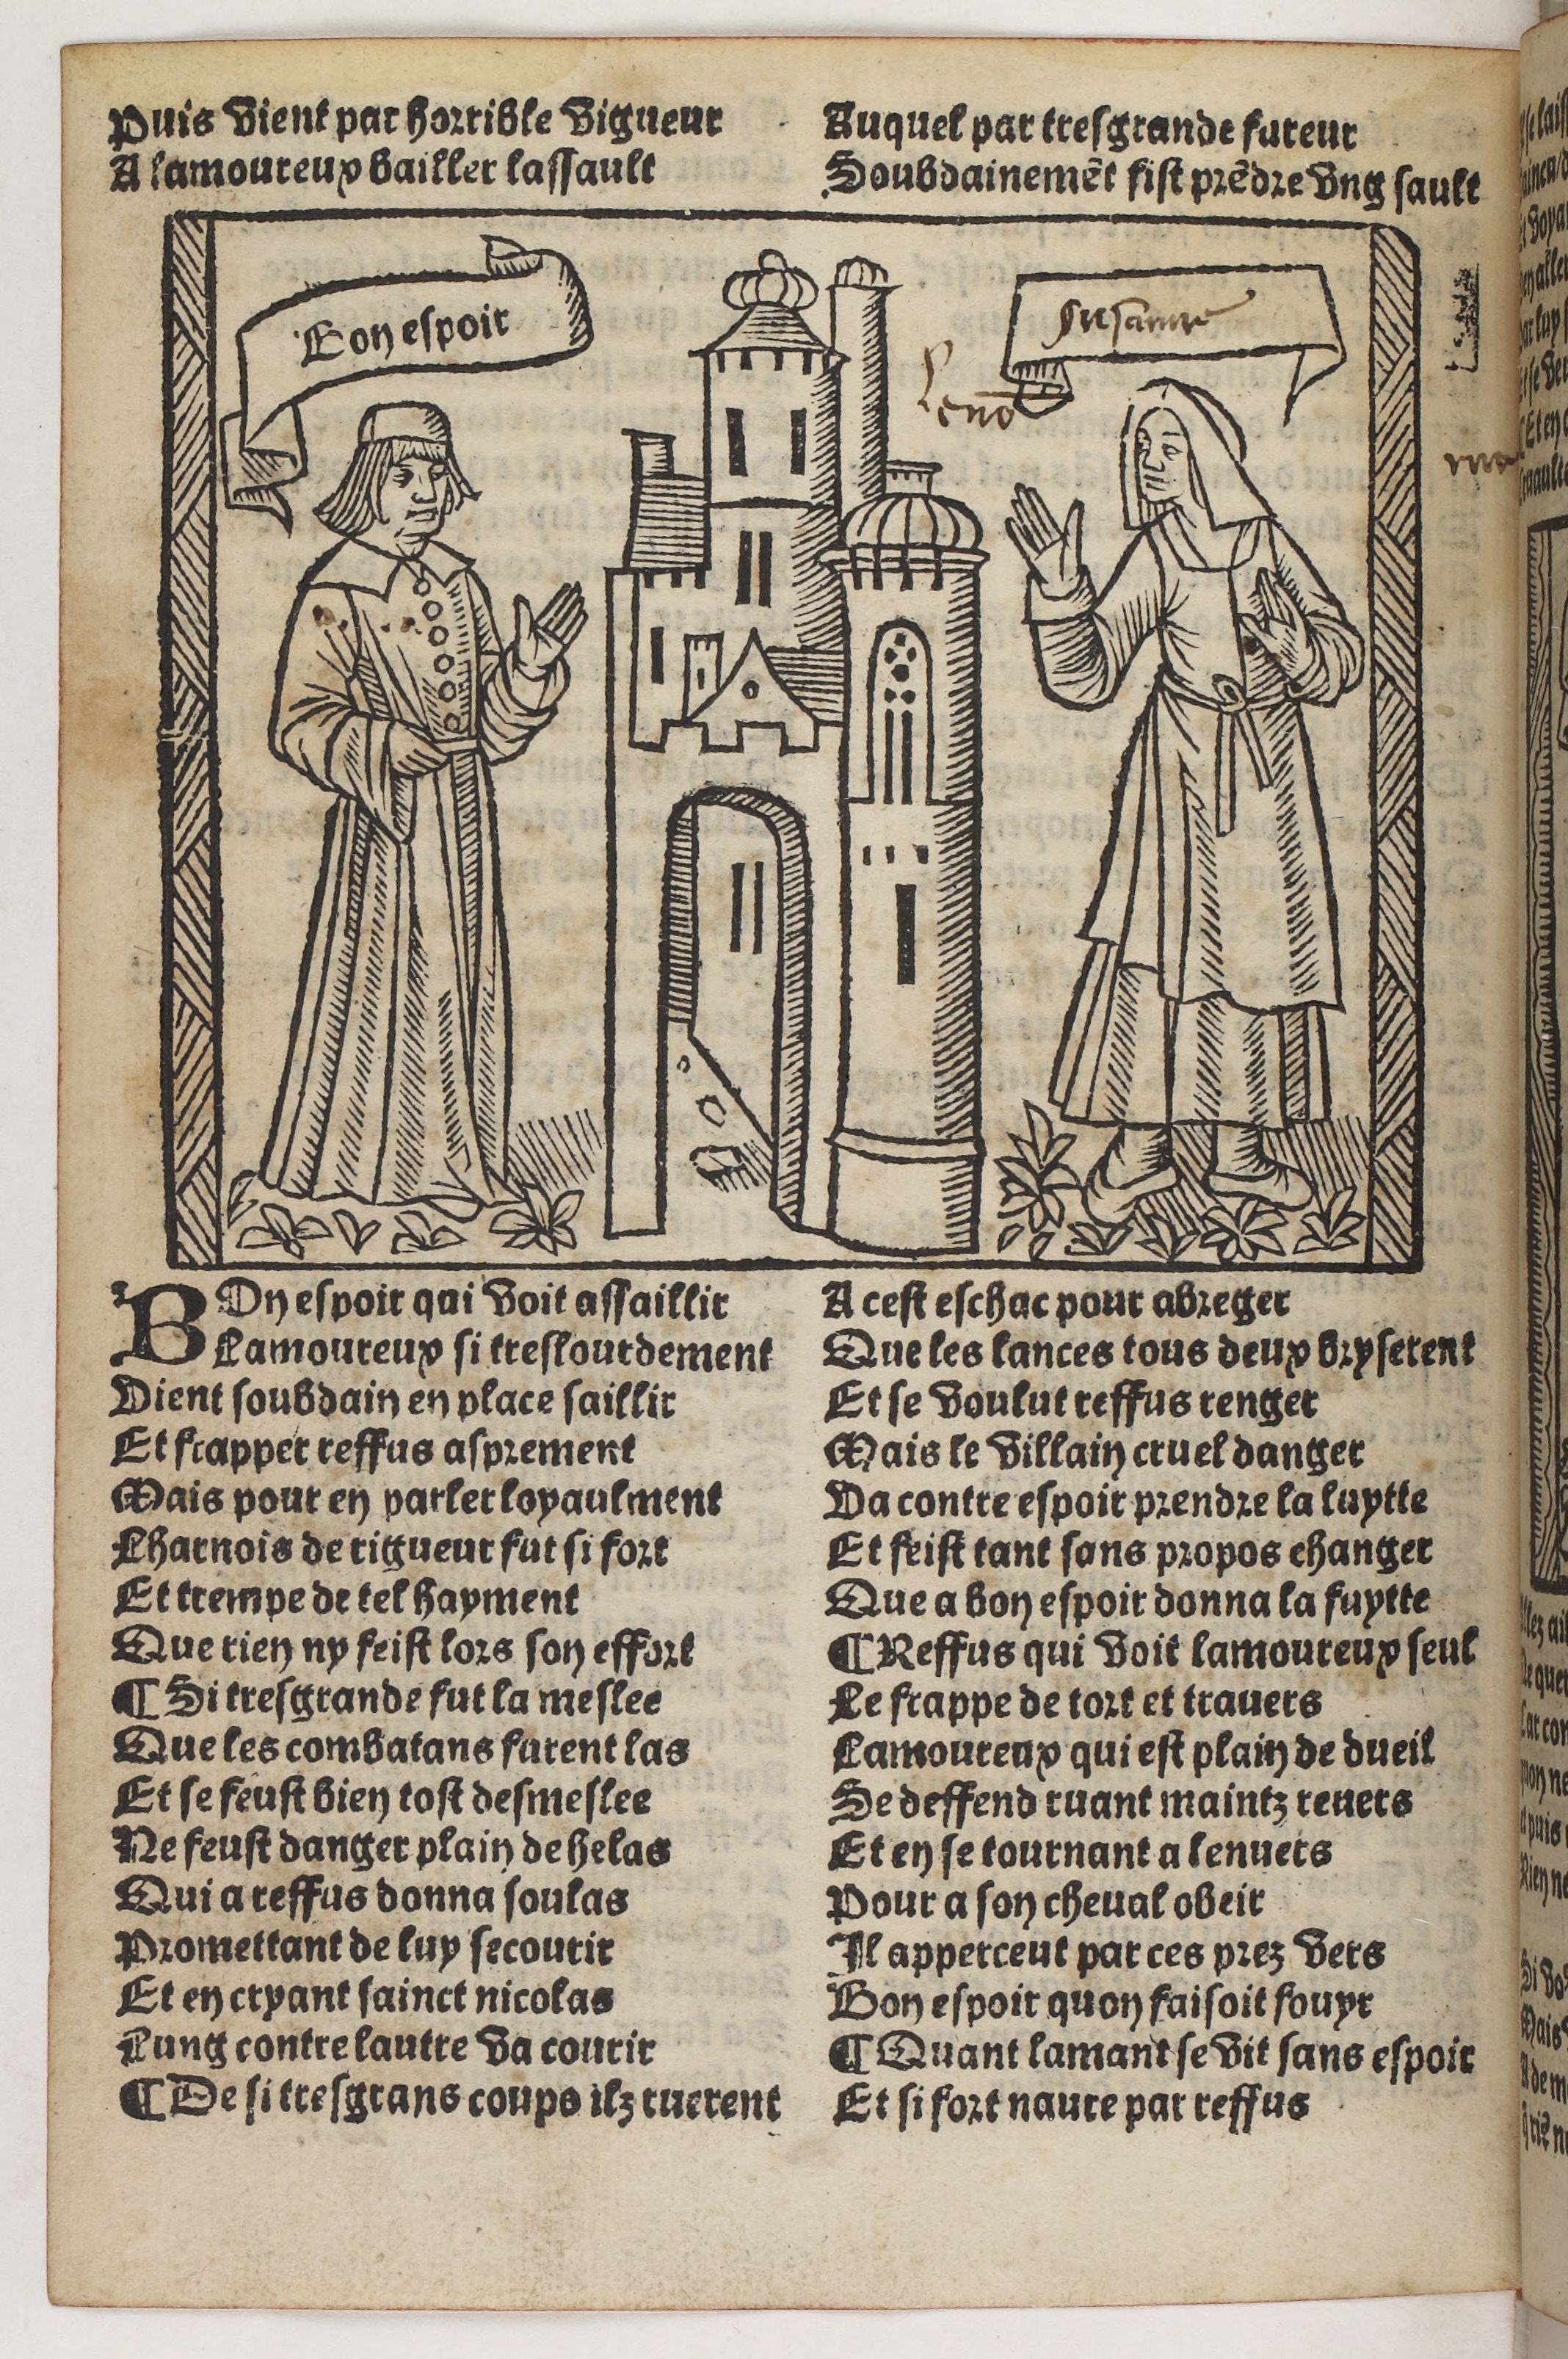
Shelfmark: Paris, BnF, Rés. Y2-930
Century: 15